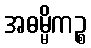
အဓမ္မိကဉ္စ